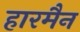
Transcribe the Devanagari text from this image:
हारमैन